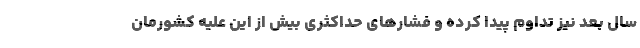
سال بعد نیز تداوم پیدا کرده و فشارهای حداکثری بیش از این علیه کشورمان